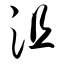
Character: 沮